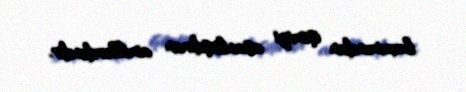
baxımından işimizi asanlaşdıran amillərdəndir.